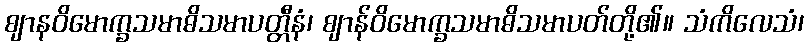
ဈာနဝိမောက္ခသမာဓိသမာပတ္တီနံ၊ ဈာန်ဝိမောက္ခသမာဓိသမာပတ်တို့၏။ သံကိလေသံ၊